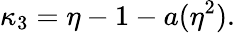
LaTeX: \kappa_{3}=\eta-1-a(\eta^{2}).